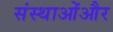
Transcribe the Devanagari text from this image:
संस्थाओंऔर